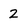
Character: 2